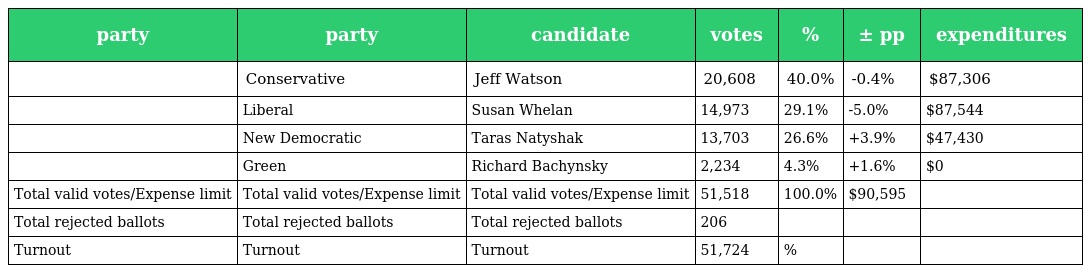
| party | party | candidate | votes | % | ± pp | expenditures |
 | --- | --- | --- | --- | --- | --- | --- |
 |  | Conservative | Jeff Watson | 20,608 | 40.0% | -0.4% | $87,306 |
 |  | Liberal | Susan Whelan | 14,973 | 29.1% | -5.0% | $87,544 |
 |  | New Democratic | Taras Natyshak | 13,703 | 26.6% | +3.9% | $47,430 |
 |  | Green | Richard Bachynsky | 2,234 | 4.3% | +1.6% | $0 |
 | Total valid votes/Expense limit | Total valid votes/Expense limit | Total valid votes/Expense limit | 51,518 | 100.0% | $90,595 |  |
 | Total rejected ballots | Total rejected ballots | Total rejected ballots | 206 |  |  |  |
 | Turnout | Turnout | Turnout | 51,724 | % |  |  |